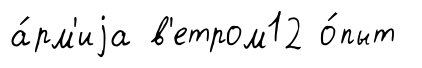
а́рм'иjа в'етром12 о́пыт